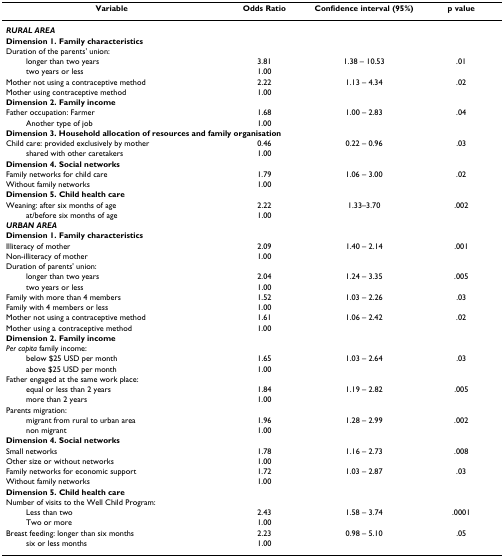
<table><thead><tr><td><b>Variable</b></td><td><b>Odds Ratio</b></td><td><b>Confidence interval (95%)</b></td><td><b>p value</b></td></tr></thead><tbody><tr><td><b><i>RURAL AREA</i></b></td><td></td><td></td><td></td></tr><tr><td colspan="4"><b>Dimension 1. Family characteristics</b></td></tr><tr><td>Duration of the parents&#x27; union:</td><td></td><td></td><td></td></tr><tr><td>longer than two years</td><td>3.81</td><td>1.38 – 10.53</td><td>.01</td></tr><tr><td>two years or less</td><td>1.00</td><td></td><td></td></tr><tr><td>Mother not using a contraceptive method</td><td>2.22</td><td>1.13 – 4.34</td><td>.02</td></tr><tr><td>Mother using contraceptive method</td><td>1.00</td><td></td><td></td></tr><tr><td colspan="4"><b>Dimension 2. Family income</b></td></tr><tr><td>Father occupation: Farmer</td><td>1.68</td><td>1.00 – 2.83</td><td>.04</td></tr><tr><td>Another type of job</td><td>1.00</td><td></td><td></td></tr><tr><td colspan="4"><b>Dimension 3. Household allocation of resources and family organisation</b></td></tr><tr><td>Child care: provided exclusively by mother</td><td>0.46</td><td>0.22 – 0.96</td><td>.03</td></tr><tr><td>shared with other caretakers</td><td>1.00</td><td></td><td></td></tr><tr><td colspan="4"><b>Dimension 4. Social networks</b></td></tr><tr><td>Family networks for child care</td><td>1.79</td><td>1.06 – 3.00</td><td>.02</td></tr><tr><td>Without family networks</td><td>1.00</td><td></td><td></td></tr><tr><td colspan="4"><b>Dimension 5. Child health care</b></td></tr><tr><td>Weaning: after six months of age</td><td>2.22</td><td>1.33–3.70</td><td>.002</td></tr><tr><td>at/before six months of age</td><td>1.00</td><td></td><td></td></tr><tr><td colspan="4"><b><i>URBAN AREA</i></b></td></tr><tr><td colspan="4"><b>Dimension 1. Family characteristics</b></td></tr><tr><td>Illiteracy of mother</td><td>2.09</td><td>1.40 – 2.14</td><td>.001</td></tr><tr><td>Non-illiteracy of mother</td><td>1.00</td><td></td><td></td></tr><tr><td>Duration of parents&#x27; union:</td><td></td><td></td><td></td></tr><tr><td>longer than two years</td><td>2.04</td><td>1.24 – 3.35</td><td>.005</td></tr><tr><td>two years or less</td><td>1.00</td><td></td><td></td></tr><tr><td>Family with more than 4 members</td><td>1.52</td><td>1.03 – 2.26</td><td>.03</td></tr><tr><td>Family with 4 members or less</td><td>1.00</td><td></td><td></td></tr><tr><td>Mother not using a contraceptive method</td><td>1.61</td><td>1.06 – 2.42</td><td>.02</td></tr><tr><td>Mother using a contraceptive method</td><td>1.00</td><td></td><td></td></tr><tr><td colspan="4"><b>Dimension 2. Family income</b></td></tr><tr><td><i>Per capita </i>family income:</td><td></td><td></td><td></td></tr><tr><td>below $25 USD per month</td><td>1.65</td><td>1.03 – 2.64</td><td>.03</td></tr><tr><td>above $25 USD per month</td><td>1.00</td><td></td><td></td></tr><tr><td>Father engaged at the same work place:</td><td></td><td></td><td></td></tr><tr><td>equal or less than 2 years</td><td>1.84</td><td>1.19 – 2.82</td><td>.005</td></tr><tr><td>more than 2 years</td><td>1.00</td><td></td><td></td></tr><tr><td>Parents migration:</td><td></td><td></td><td></td></tr><tr><td>migrant from rural to urban area</td><td>1.96</td><td>1.28 – 2.99</td><td>.002</td></tr><tr><td>non migrant</td><td>1.00</td><td></td><td></td></tr><tr><td colspan="4"><b>Dimension 4. Social networks</b></td></tr><tr><td>Small networks</td><td>1.78</td><td>1.16 – 2.73</td><td>.008</td></tr><tr><td>Other size or without networks</td><td>1.00</td><td></td><td></td></tr><tr><td>Family networks for economic support</td><td>1.72</td><td>1.03 – 2.87</td><td>.03</td></tr><tr><td>Without family networks</td><td>1.00</td><td></td><td></td></tr><tr><td colspan="4"><b>Dimension 5. Child health care</b></td></tr><tr><td>Number of visits to the Well Child Program:</td><td></td><td></td><td></td></tr><tr><td>Less than two</td><td>2.43</td><td>1.58 – 3.74</td><td>.0001</td></tr><tr><td>Two or more</td><td>1.00</td><td></td><td></td></tr><tr><td>Breast feeding: longer than six months</td><td>2.23</td><td>0.98 – 5.10</td><td>.05</td></tr><tr><td>six or less months</td><td>1.00</td><td></td><td></td></tr></tbody></table>